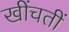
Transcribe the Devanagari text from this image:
खींचतीं